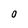
Character: 0